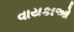
વાયકાઓ